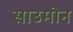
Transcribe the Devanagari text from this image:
साउमोन